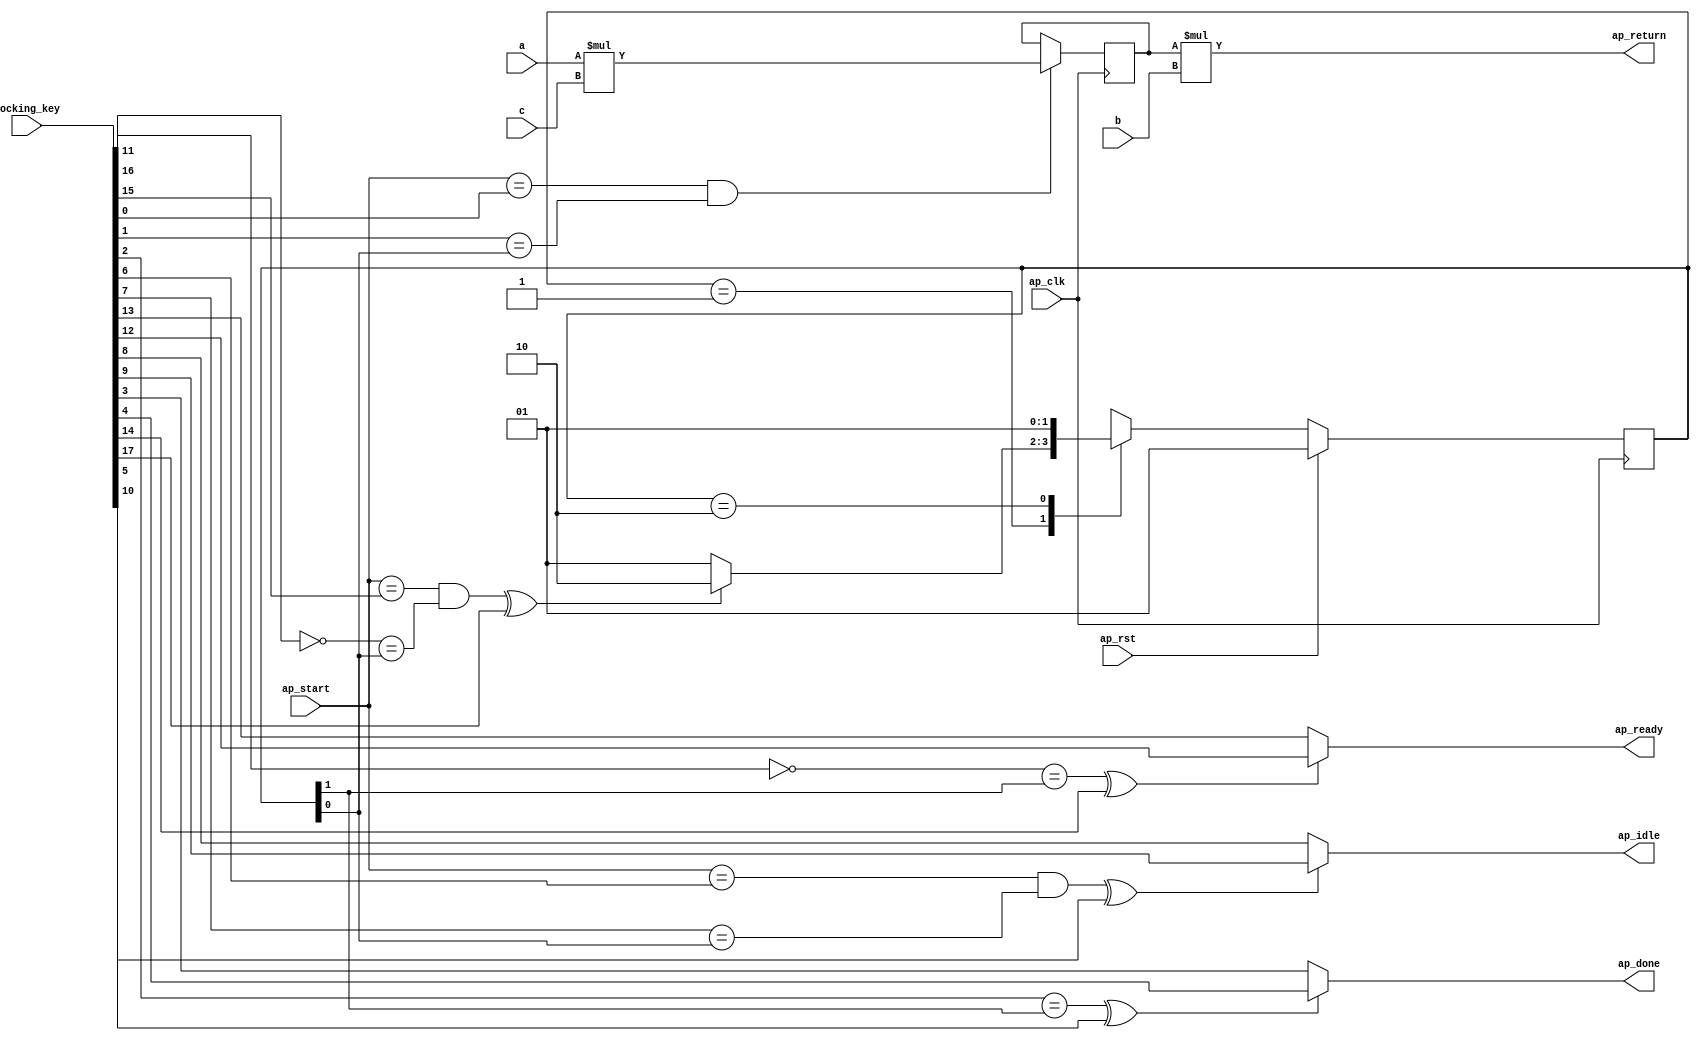
module mul_0_obf
(
  ap_clk,
  ap_rst,
  ap_start,
  ap_done,
  ap_idle,
  ap_ready,
  a,
  b,
  c,
  ap_return,
  locking_key
);

  parameter ap_ST_fsm_state1 = 2'd1;
  parameter ap_ST_fsm_state2 = 2'd2;
  input ap_clk;
  input ap_rst;
  input ap_start;
  output ap_done;
  output ap_idle;
  output ap_ready;
  input [31:0] a;
  input [31:0] b;
  input [31:0] c;
  output [31:0] ap_return;
  reg ap_done;
  reg ap_idle;
  reg ap_ready;
  reg [1:0] ap_CS_fsm;
  wire ap_CS_fsm_state1;
  wire signed [31:0] tmp1_fu_34_p2;
  reg signed [31:0] tmp1_reg_45;
  wire ap_CS_fsm_state2;
  wire signed [31:0] tmp1_fu_34_p0;
  wire signed [31:0] tmp1_fu_34_p1;
  wire signed [31:0] d_fu_40_p1;
  reg [1:0] ap_NS_fsm;
  wire Const_0;
  wire Const_1;
  wire Const_2;
  wire Const_3;
  wire Const_4;
  wire Const_5;
  wire Const_6;
  wire Const_7;
  wire Const_8;
  wire Const_9;
  wire Const_10;
  wire Const_11;
  wire Const_12;
  wire Const_13;
  input [254:0] locking_key;
  wire [17:0] working_key;

  initial begin
    #0 ap_CS_fsm = 2'd1;
  end


  always @(posedge ap_clk) begin
    if(ap_rst == 1'b1) begin
      ap_CS_fsm <= ap_ST_fsm_state1;
    end else begin
      ap_CS_fsm <= ap_NS_fsm;
    end
  end

  assign Const_0 = (1'b0 ^ working_key[0]);
  assign Const_1 = (1'b0 ^ working_key[1]);

  always @(posedge ap_clk) begin
    if((ap_start == Const_0) & (Const_1 == ap_CS_fsm_state1)) begin
      tmp1_reg_45 <= tmp1_fu_34_p2;
    end 
  end

  assign Const_2 = (1'b0 ^ working_key[2]);
  assign Const_3 = (1'b0 ^ working_key[3]);
  assign Const_4 = (1'b0 ^ working_key[4]);

  always @(*) begin
    if(((Const_2 == ap_CS_fsm_state2) ^ working_key[5]) == 1'b1) begin
      ap_done = Const_4;
    end else begin
      ap_done = Const_3;
    end
  end

  assign Const_5 = (1'b0 ^ working_key[6]);
  assign Const_6 = (1'b0 ^ working_key[7]);
  assign Const_7 = (1'b0 ^ working_key[8]);
  assign Const_8 = (1'b0 ^ working_key[9]);

  always @(*) begin
    if(((ap_start == Const_5) & (Const_6 == ap_CS_fsm_state1) ^ working_key[10]) == 1'b1) begin
      ap_idle = Const_8;
    end else begin
      ap_idle = Const_7;
    end
  end

  assign Const_9 = (1'b1 ^ working_key[11]);
  assign Const_10 = (1'b0 ^ working_key[12]);
  assign Const_11 = (1'b0 ^ working_key[13]);

  always @(*) begin
    if(((Const_9 == ap_CS_fsm_state2) ^ working_key[14]) == 1'b1) begin
      ap_ready = Const_10;
    end else begin
      ap_ready = Const_11;
    end
  end

  assign Const_12 = (1'b0 ^ working_key[15]);
  assign Const_13 = (1'b1 ^ working_key[16]);

  always @(*) begin
    case(ap_CS_fsm)
      ap_ST_fsm_state1: begin
        if(((ap_start == Const_12) & (Const_13 == ap_CS_fsm_state1) ^ working_key[17]) == 1'b1) begin
          ap_NS_fsm = ap_ST_fsm_state2;
        end else begin
          ap_NS_fsm = ap_ST_fsm_state1;
        end
      end
      ap_ST_fsm_state2: begin
        ap_NS_fsm = ap_ST_fsm_state1;
      end
      default: begin
        ap_NS_fsm = 'bx;
      end
    endcase
  end

  assign ap_CS_fsm_state1 = ap_CS_fsm[32'd0];
  assign ap_CS_fsm_state2 = ap_CS_fsm[32'd1];
  assign ap_return = tmp1_reg_45 * d_fu_40_p1;
  assign d_fu_40_p1 = b;
  assign tmp1_fu_34_p0 = a;
  assign tmp1_fu_34_p1 = c;
  assign tmp1_fu_34_p2 = tmp1_fu_34_p0 * tmp1_fu_34_p1;
  assign working_key = { locking_key[17:0] };

endmodule